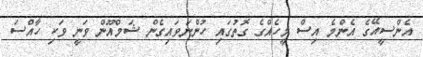
އެންސީއޭގެ އެންމެ އިސް މީހެއްގެ ގޮތުގައި ހުންނަވައިގެން ޝަމްއޫން ވަނީ ވަކި ހާއްސަ